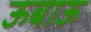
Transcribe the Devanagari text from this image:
ऊबाऊ